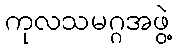
ကုလသမဂ္ဂအဖွဲ့